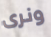
ونرى